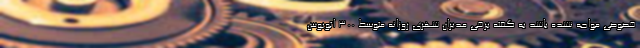
خصوصی مواجه نشده باشد به گفته برخی مدیران شهری روزانه متوسط ۳۰۰ اتوبوس